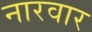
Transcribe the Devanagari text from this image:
नारवार